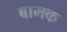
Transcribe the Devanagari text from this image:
बामक